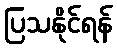
ပြသနိုင်ရန်